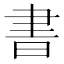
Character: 書